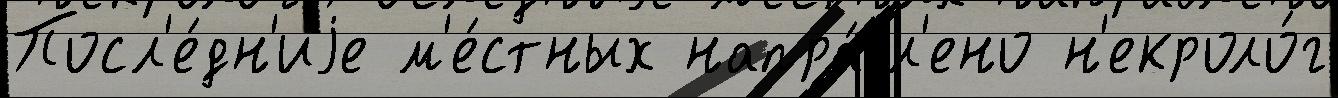
Посл'е́дн'иjе м'е́стных напра́вл'ено н'екроло́г